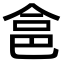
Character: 𠉲